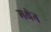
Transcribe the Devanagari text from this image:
मथेन